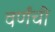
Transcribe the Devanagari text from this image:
वर्णंची